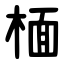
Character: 㮌